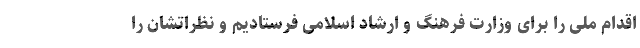
اقدام ملی را برای وزارت فرهنگ و ارشاد اسلامی فرستادیم و نظراتشان را